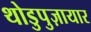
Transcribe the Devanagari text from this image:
थोडुपुज़ायार